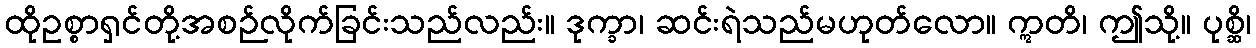
ထိုဥစ္စာရှင်တို့အစဉ်လိုက်ခြင်းသည်လည်း။ ဒုက္ခာ၊ ဆင်းရဲသည်မဟုတ်လော။ ဣတိ၊ ဤသို့။ ပုစ္ဆိ၊